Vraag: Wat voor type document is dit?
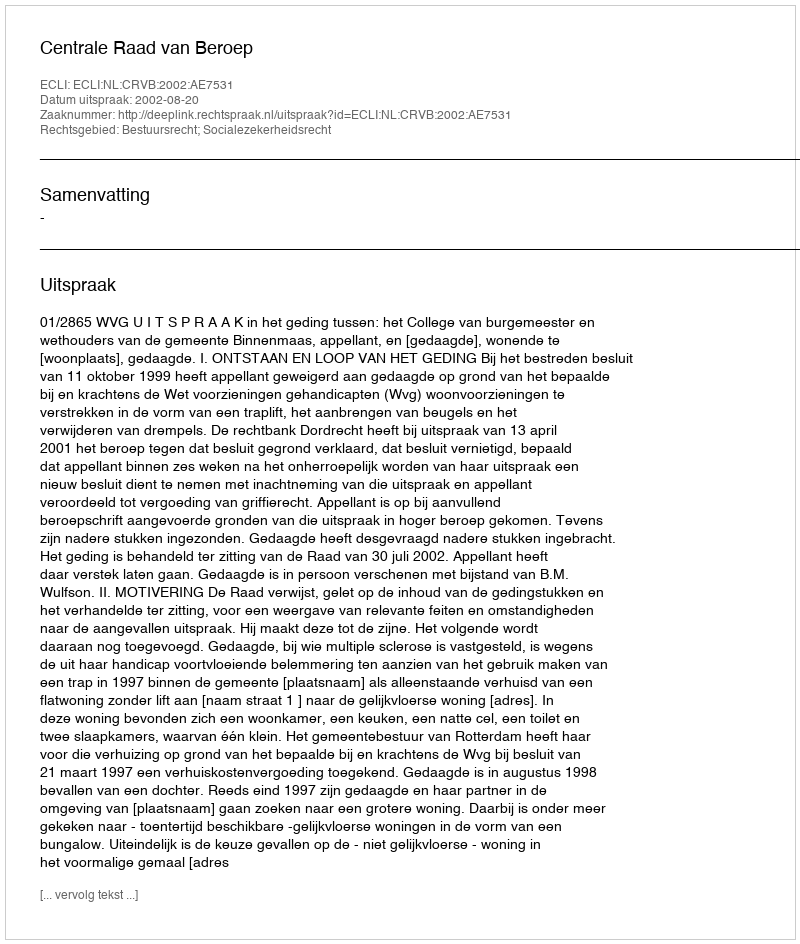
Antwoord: Uitspraak